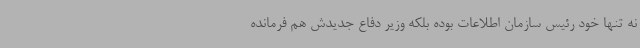
نه تنها خود رئیس سازمان اطلاعات بوده بلکه وزیر دفاع جدیدش هم فرمانده